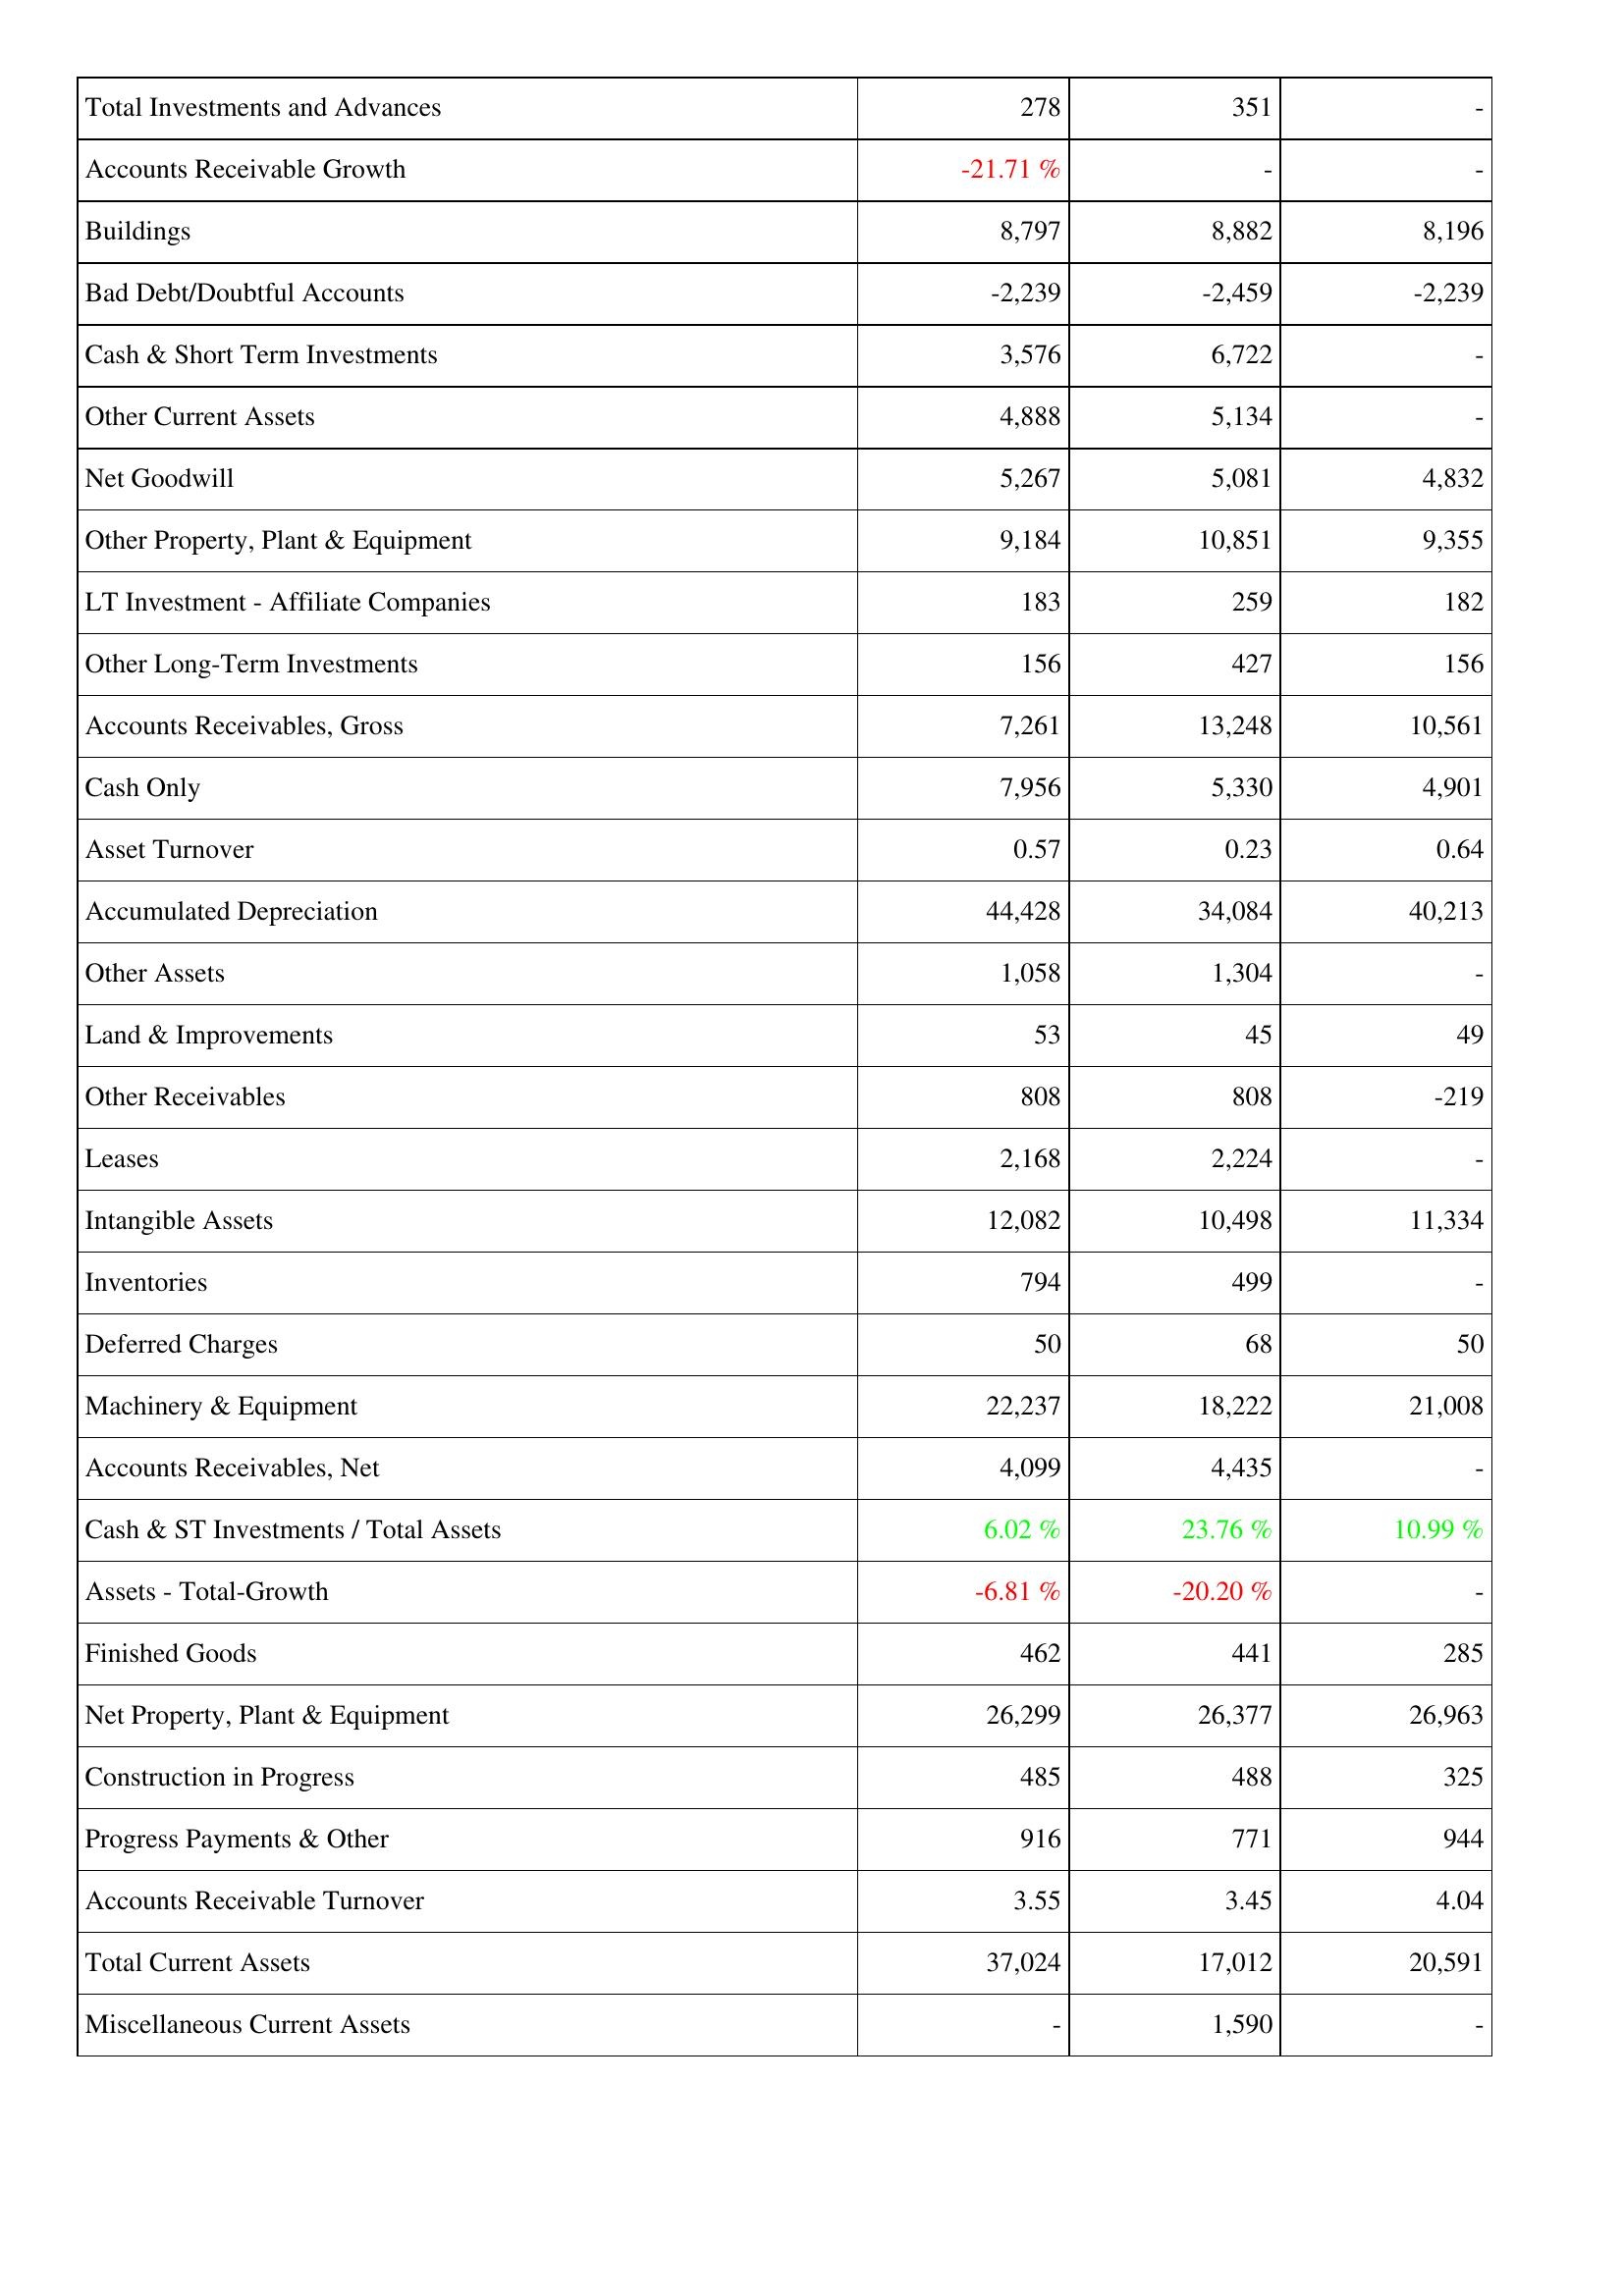
2022: Assets: Total Investments and Advances: 278
Accounts Receivable Growth: -21.71 %
Buildings: 8,797
Bad Debt/Doubtful Accounts: -2,239
Cash & Short Term Investments: 3,576
Other Current Assets: 4,888
Net Goodwill: 5,267
Other Property, Plant & Equipment: 9,184
LT Investment - Affiliate Companies: 183
Other Long-Term Investments: 156
Accounts Receivables, Gross: 7,261
Cash Only: 7,956
Asset Turnover: 0.57
Accumulated Depreciation: 44,428
Other Assets: 1,058
Land & Improvements: 53
Other Receivables: 808
Leases: 2,168
Intangible Assets: 12,082
Inventories: 794
Deferred Charges: 50
Machinery & Equipment: 22,237
Accounts Receivables, Net: 4,099
Cash & ST Investments / Total Assets: 6.02 %
Assets - Total-Growth: -6.81 %
Finished Goods: 462
Net Property, Plant & Equipment: 26,299
Construction in Progress: 485
Progress Payments & Other: 916
Accounts Receivable Turnover: 3.55
Total Current Assets: 37,024
Miscellaneous Current Assets: -
2021: Assets: Total Investments and Advances: 351
Accounts Receivable Growth: -
Buildings: 8,882
Bad Debt/Doubtful Accounts: -2,459
Cash & Short Term Investments: 6,722
Other Current Assets: 5,134
Net Goodwill: 5,081
Other Property, Plant & Equipment: 10,851
LT Investment - Affiliate Companies: 259
Other Long-Term Investments: 427
Accounts Receivables, Gross: 13,248
Cash Only: 5,330
Asset Turnover: 0.23
Accumulated Depreciation: 34,084
Other Assets: 1,304
Land & Improvements: 45
Other Receivables: 808
Leases: 2,224
Intangible Assets: 10,498
Inventories: 499
Deferred Charges: 68
Machinery & Equipment: 18,222
Accounts Receivables, Net: 4,435
Cash & ST Investments / Total Assets: 23.76 %
Assets - Total-Growth: -20.20 %
Finished Goods: 441
Net Property, Plant & Equipment: 26,377
Construction in Progress: 488
Progress Payments & Other: 771
Accounts Receivable Turnover: 3.45
Total Current Assets: 17,012
Miscellaneous Current Assets: 1,590
2020: Assets: Total Investments and Advances: -
Accounts Receivable Growth: -
Buildings: 8,196
Bad Debt/Doubtful Accounts: -2,239
Cash & Short Term Investments: -
Other Current Assets: -
Net Goodwill: 4,832
Other Property, Plant & Equipment: 9,355
LT Investment - Affiliate Companies: 182
Other Long-Term Investments: 156
Accounts Receivables, Gross: 10,561
Cash Only: 4,901
Asset Turnover: 0.64
Accumulated Depreciation: 40,213
Other Assets: -
Land & Improvements: 49
Other Receivables: -219
Leases: -
Intangible Assets: 11,334
Inventories: -
Deferred Charges: 50
Machinery & Equipment: 21,008
Accounts Receivables, Net: -
Cash & ST Investments / Total Assets: 10.99 %
Assets - Total-Growth: -
Finished Goods: 285
Net Property, Plant & Equipment: 26,963
Construction in Progress: 325
Progress Payments & Other: 944
Accounts Receivable Turnover: 4.04
Total Current Assets: 20,591
Miscellaneous Current Assets: -